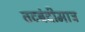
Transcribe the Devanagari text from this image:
तटबंदीमात्र